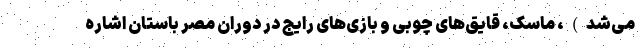
می‌شد)، ماسک، قایق‌های چوبی و بازی‌های رایج در دوران مصر باستان اشاره